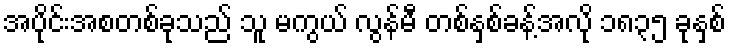
အပိုင်းအစတစ်ခုသည် သူ မကွယ် လွန်မီ တစ်နှစ်ခန့်အလို ၁၈၃၅ ခုနှစ်